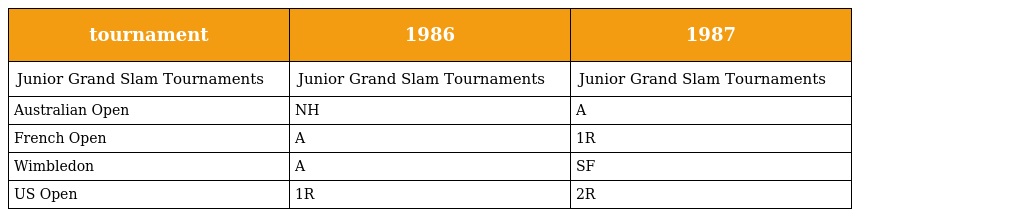
| tournament | 1986 | 1987 |
 | --- | --- | --- |
 | Junior Grand Slam Tournaments | Junior Grand Slam Tournaments | Junior Grand Slam Tournaments |
 | Australian Open | NH | A |
 | French Open | A | 1R |
 | Wimbledon | A | SF |
 | US Open | 1R | 2R |